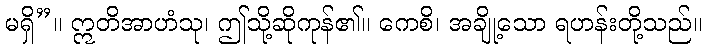
မရှိ”။ ဣတိအာဟံသု၊ ဤသို့ဆိုကုန်၏။ ကေစိ၊ အချို့သော ရဟန်းတို့သည်။